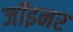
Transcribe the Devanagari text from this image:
जॉइनर